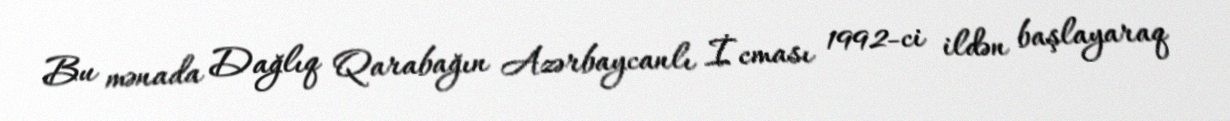
Bu mənada Dağlıq Qarabağın Azərbaycanlı İcması 1992-ci ildən başlayaraq